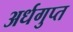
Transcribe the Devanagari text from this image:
अर्धगुप्त